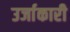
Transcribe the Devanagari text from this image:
उर्जाकारी